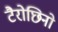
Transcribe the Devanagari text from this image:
टैरोछिनो